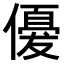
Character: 𬿲